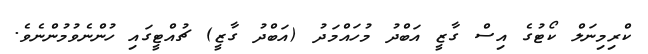
ކްރިމިނަލް ކޯޓުގެ އިސް ގާޒީ އަބްދު މުހައްމަދު (އަބްދު ގާޒީ) ޗުއްޓީގައި ހުންނެވުމުންނެވެ.